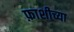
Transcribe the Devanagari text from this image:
फ़ाशीच्या